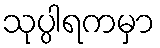
သုပ္ပါရကမှာ